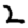
Digit: 2